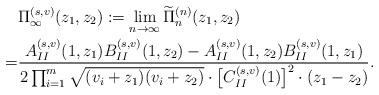
LaTeX: \begin{align*} & \Pi_\infty^{(s, v)} (z_1, z_2) : = \lim_{n \to \infty} \widetilde{\Pi}_n^{(n)} (z_1, z_2) \\ =& \frac{ A_{II}^{(s,v)}(1, z_1) B_{II}^{(s,v)}(1, z_2) - A_{II}^{(s,v)}(1, z_2) B_{II}^{(s,v)}(1, z_1)}{ 2 \prod_{i=1}^m \sqrt{(v_i + z_1) ( v_i + z_2)} \cdot \big[ C_{II}^{(s,v)}(1)\big]^2 \cdot (z_1- z_2)}. \end{align*}